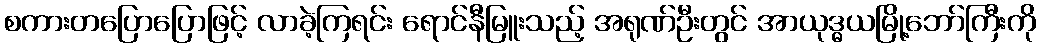
စကားတပြောပြောဖြင့် လာခဲ့ကြရင်း ရောင်နီမြူးသည့် အရုဏ်ဦးတွင် အာယုဒ္ဓယမြို့ဘော်ကြီးကို